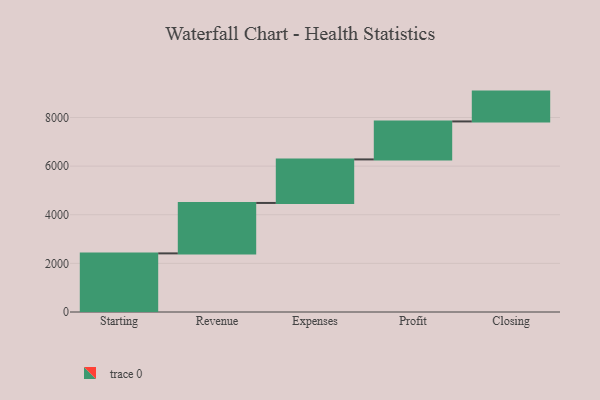
{"axis": {"x": "Step", "y": "Value"}, "legend": [""], "data": [{"x": "Starting", "y": 2411.0, "type": ""}, {"x": "Revenue", "y": 2074.0, "type": ""}, {"x": "Expenses", "y": 1791.0, "type": ""}, {"x": "Profit", "y": 1562.0, "type": ""}, {"x": "Closing", "y": 1227.0, "type": ""}]}